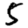
Digit: 5